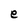
Character: e